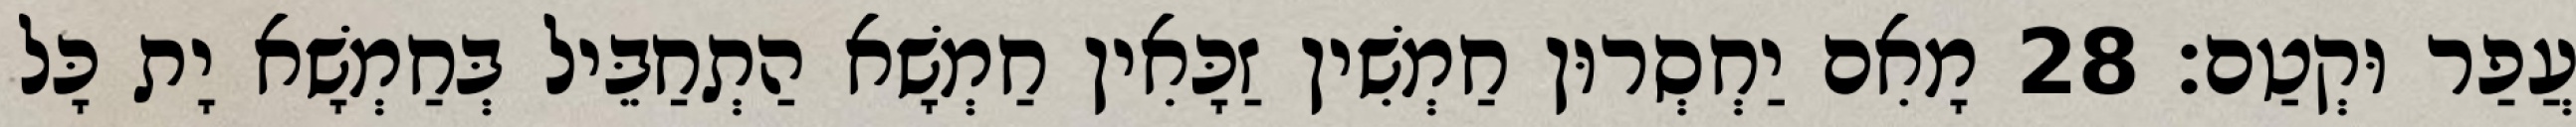
עֲפַר וּקְטַם׃ 28 מָאִם יַחְסְרוּן חַמְשִׁין זַכָּאִין חַמְשָׁא הַתְחַבֵּיל בְּחַמְשָׁא יָת כָּל